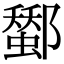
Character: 𨞷